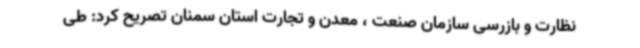
نظارت و بازرسی سازمان صنعت ، معدن و تجارت استان سمنان تصریح کرد: طی